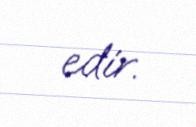
edir.